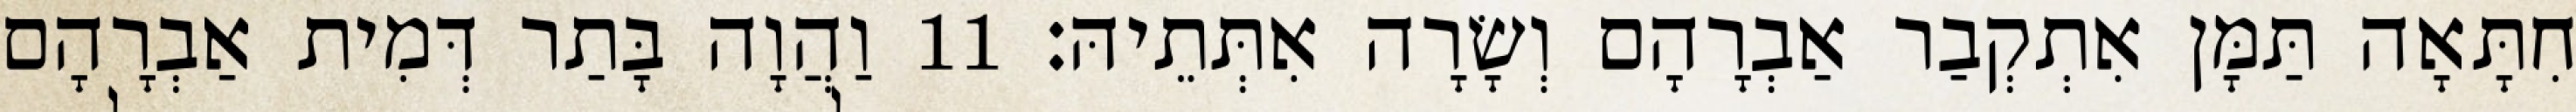
חִתָּאָה תַּמָּן אִתְקְבַר אַבְרָהָם וְשָׂרָה אִתְּתֵיהּ׃ 11 וַהֲוָה בָּתַר דְּמִית אַבְרָהָם